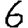
Digit: 6